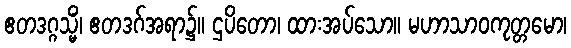
ဧတဒဂ္ဂသ္မိံ၊ ဧတဒဂ်အရာ၌။ ဌပိတော၊ ထားအပ်သော။ မဟာသာဝကုတ္တမော၊